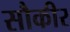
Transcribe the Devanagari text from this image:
सौकीर